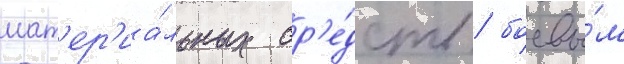
мат'ер'иа́льных ср'е́дств / боевы́м